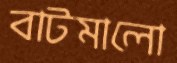
বাটমালো